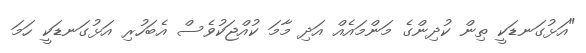
"އަޅުގަނޑަކީ ތިން ކުދިންގެ މަންމައެއް އަދި މާމަ ކުއްޖަކުވެސް އެބަހުރި އަޅުގަނޑަކީ ހަމަ